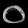
Digit: ၀